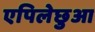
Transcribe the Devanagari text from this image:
एपिलेछुआ